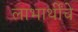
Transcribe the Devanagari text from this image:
लाभार्थींचे